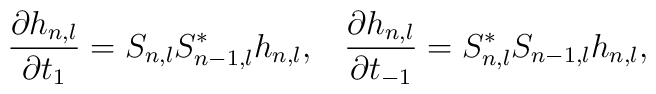
\frac{\partial h_{n,l}}{\partial t_{1}}=S_{n,l}S_{n-1,l}^{*}h_{n,l},\;\;\;\frac{\partial h_{n,l}}{\partial t_{-1}}=S_{n,l}^{*}S_{n-1,l}h_{n,l},